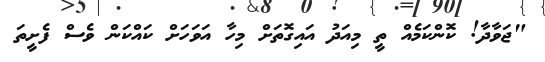
"ޖަވާދާ! ކޮންކަމެއް ތީ މިއަދު އައިގޮތަށް މިހާ އަވަހަށް ކައްކަން ވެސް ފެށީތަ